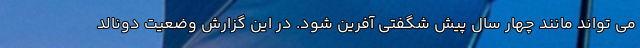
می تواند مانند چهار سال پیش شگفتی آفرین شود. در این گزارش وضعیت دونالد